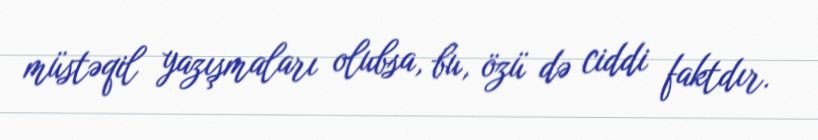
müstəqil yazışmaları olubsa, bu, özü də ciddi faktdır.